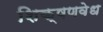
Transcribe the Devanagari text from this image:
शिक्षणवेध